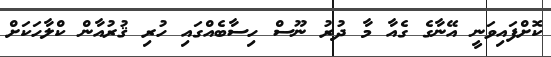
ކޮށްފައިވަނީ އޭނާގެ ގެއާ މާ ދުރު ނޫސް ހިސާބެއްގައި ހުރި ޤުރުއާން ކްލާހަކަށް